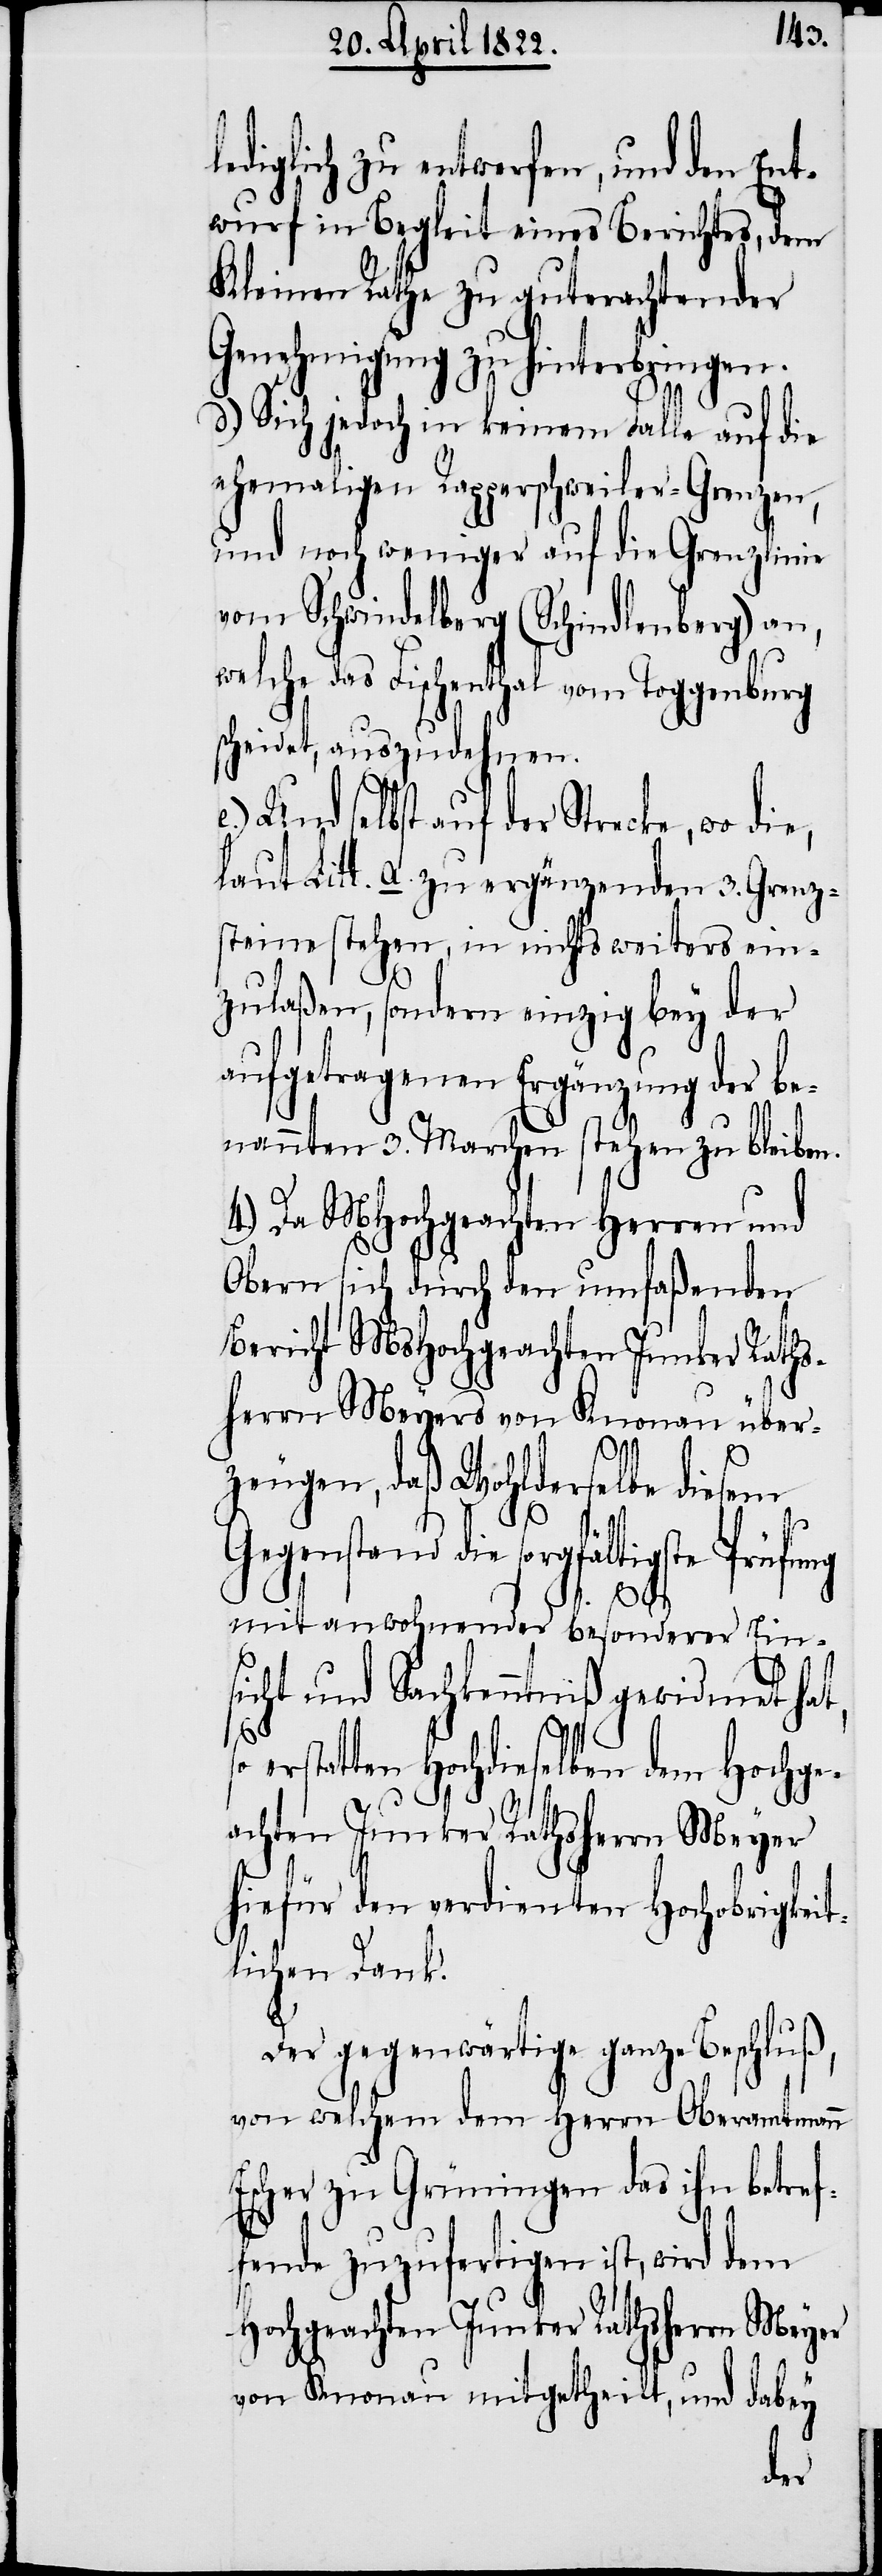
lediglich zu entwerfen, und den Ent¬
wurf in Begleit eines Berichtes, dem
Kleinen Rathe zu guterachtender
Genehmigung zu hinterbringen.
d.) Sich jedoch in keinem Falle auf die
ehemaligen Rapperschweiler-Grenzen,
und noch weniger auf die Grenzlinie
vom Schwindelberg (Schindlenberg) an,
welche das Fischenthal vom Toggenburg
scheidet, auszudehnen.
laut Litt. a. zu ergänzenden 3. Grenz¬
steine stehen, in nichts weiters ein¬
zulaßen, sondern einzig bey der
aufgetragenen Ergänzung der be¬
nannten 3. Marchen stehen zu bleibe¬
4.) Da MHochgeachten Herrn und
Obern sich durch den umfaßenden
Bericht MsHochgeachten Junker Raths¬
herr Meyers von Knonau über¬
n.
zeugen, daß Wohlderselbe diesem
gfältigste Prüfung
mit anwohnender besonderer Eins¬
icht und Sachkenntniß gewidmet hat,
erstatten Hochdieselben dem Hochge¬
achten Junker Rathsherrn Meyer
hiefür den verdienten Hochobrigkei¬
tlichen Dank.
Der gegenwärtige ganze Beschluß,
von welchem dem Herrn Oberamtmann
Escher zu Grüningen das ihn betref¬
fende zuzufertigen ist, wird dem
Hochgeachten Junker Rathsherrn Meyer
von Knonau mitgetheilt, und dabey